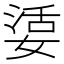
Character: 𡞠